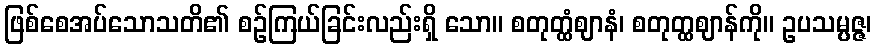
ဖြစ်စေအပ်သောသတိ၏ စဉ်ကြယ်ခြင်းလည်းရှိ သော။ စတုတ္ထံဈာနံ၊ စတုတ္ထဈာန်ကို။ ဥပသမ္ပဇ္ဇ၊